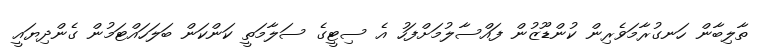
ތާލިބާން ހަނގުރާމަވެރިން ކުންޑޫޒުން ފައްސާލުމަށްފަހު އެ ސިޓީގެ ސަލާމަތީ ކަންކަން ބަލަހައްޓަމުން ގެންދިޔައީ